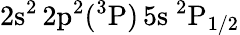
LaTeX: \mathrm{2s^{2}\, 2p^{2}(^{3}P)\, 5s~^{2}P_{1/2}}